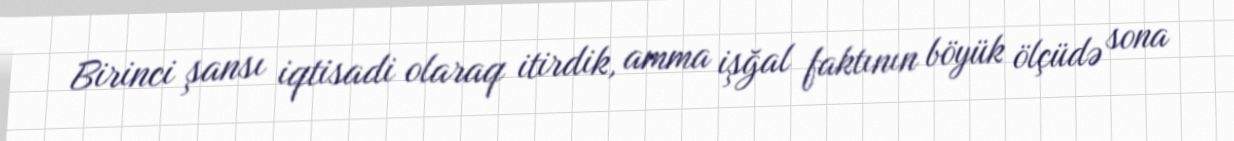
Birinci şansı iqtisadi olaraq itirdik, amma işğal faktının böyük ölçüdə sona